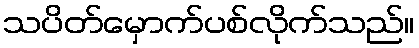
သပိတ်မှောက်ပစ်လိုက်သည်။